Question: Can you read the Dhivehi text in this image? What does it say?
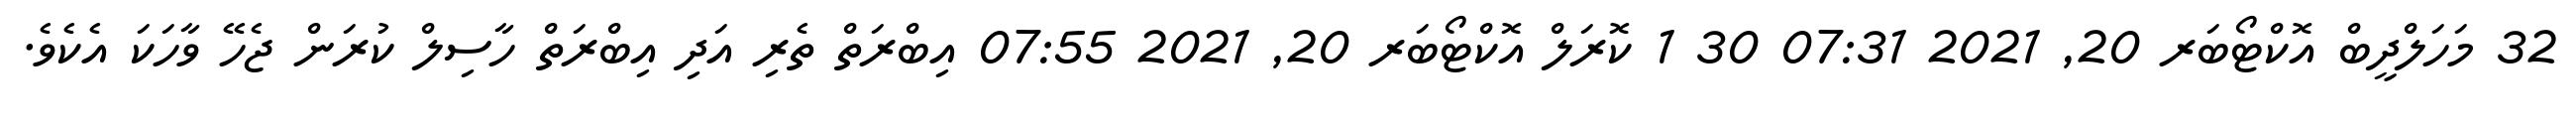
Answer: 32 މަހަލްދީބް އޮކްޓޯބަރ 20, 2021 07:31 30 1 ކޮރަލް އޮކްޓޯބަރ 20, 2021 07:55 އިބްރަތް ތެރި އަދި އިބްރަތް ހާސިލް ކުރަން ޖެހޭ ވާހަކަ އެކެވެ.